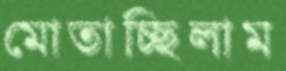
মোতাচ্ছিলাম